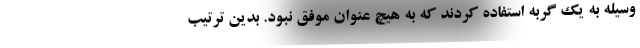
وسیله به یک گربه استفاده کردند که به هیچ عنوان موفق نبود. بدین ترتیب